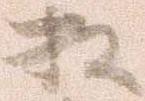
松